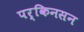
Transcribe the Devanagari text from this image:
पर्किनसन